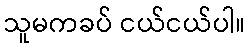
သူမကခပ် ငယ်ငယ်ပါ။